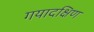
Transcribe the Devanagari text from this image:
गयादक्षिण